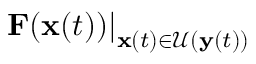
\left. \mathbf { F } ( \mathbf { x } ( t ) ) \right| _ { \mathbf { x } ( t ) \in \mathcal { U } ( \mathbf { y } ( t ) ) }